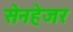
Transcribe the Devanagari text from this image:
सेनहेजर